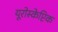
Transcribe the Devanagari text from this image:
यूरोस्केप्टिक